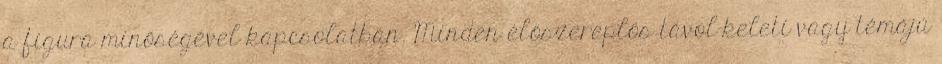
a figura minőségével kapcsolatban. Minden élőszereplős távol-keleti vagy témájú